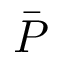
\bar { P }